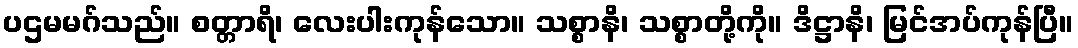
ပဌမမဂ်သည်။ စတ္တာရိ၊ လေးပါးကုန်သော။ သစ္စာနိ၊ သစ္စာတို့ကို။ ဒိဋ္ဌာနိ၊ မြင်အပ်ကုန်ပြီ။